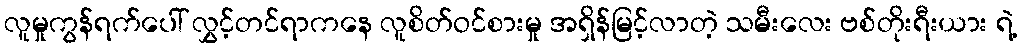
လူမှုကွန်ရက်ပေါ် လွှင့်တင်ရာကနေ လူစိတ်ဝင်စားမှု အရှိန်မြင့်လာတဲ့ သမီးလေး ဗစ်တိုးရီးယား ရဲ့